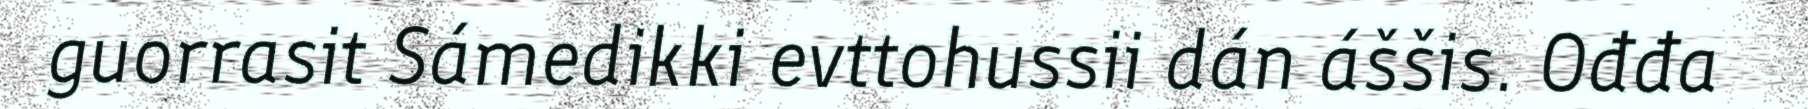
guorrasit Sámedikki evttohussii dán áššis. Ođđa